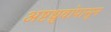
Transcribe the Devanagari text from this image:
अष्टध्रुवांपासून